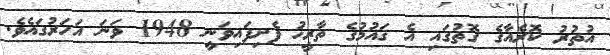
އުތުރު ކޮރެއާގެ ގޮތުގައި އެ ޤައުމުގެ ތާރީޚު ފެށިފައިވަނީ 1948 ވަނަ އަހަރުގައެވެ.